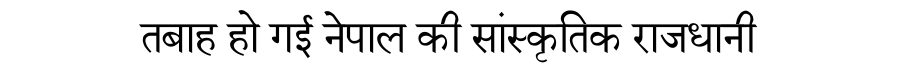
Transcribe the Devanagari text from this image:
तबाह हो गई नेपाल की सांस्कृतिक राजधानी